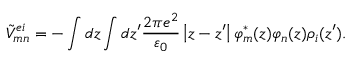
{ \tilde { V } } _ { m n } ^ { e i } = - \int { d z \int { d z { ' } \frac { 2 \pi e ^ { 2 } } { { \varepsilon } _ { 0 } } \left| z - z { ' } \right| { \varphi } _ { m } ^ { * } ( z ) } { \varphi } _ { n } ( z ) { \rho } _ { i } ( z { ' } ) } .